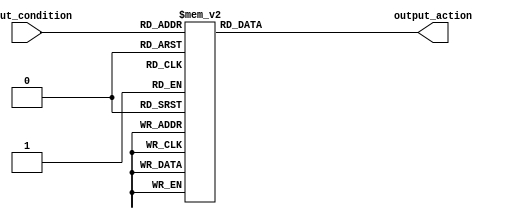
module full_case_statement (
    input wire [2:0] input_condition,
    output reg [3:0] output_action
);

always @(*) begin
    case(input_condition)
        3'b000: output_action = 4'b0000; // Action for input_condition 000
        3'b001: output_action = 4'b0001; // Action for input_condition 001
        3'b010: output_action = 4'b0010; // Action for input_condition 010
        3'b011: output_action = 4'b0011; // Action for input_condition 011
        3'b100: output_action = 4'b0100; // Action for input_condition 100
        3'b101: output_action = 4'b0101; // Action for input_condition 101
        3'b110: output_action = 4'b0110; // Action for input_condition 110
        3'b111: output_action = 4'b0111; // Action for input_condition 111
    endcase
end

endmodule